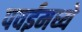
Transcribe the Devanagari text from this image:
पवईमध्ये